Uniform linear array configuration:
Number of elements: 32
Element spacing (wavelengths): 0.75
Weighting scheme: binomial
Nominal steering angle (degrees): -45
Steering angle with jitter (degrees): -45.137
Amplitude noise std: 0.05
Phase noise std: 0.05

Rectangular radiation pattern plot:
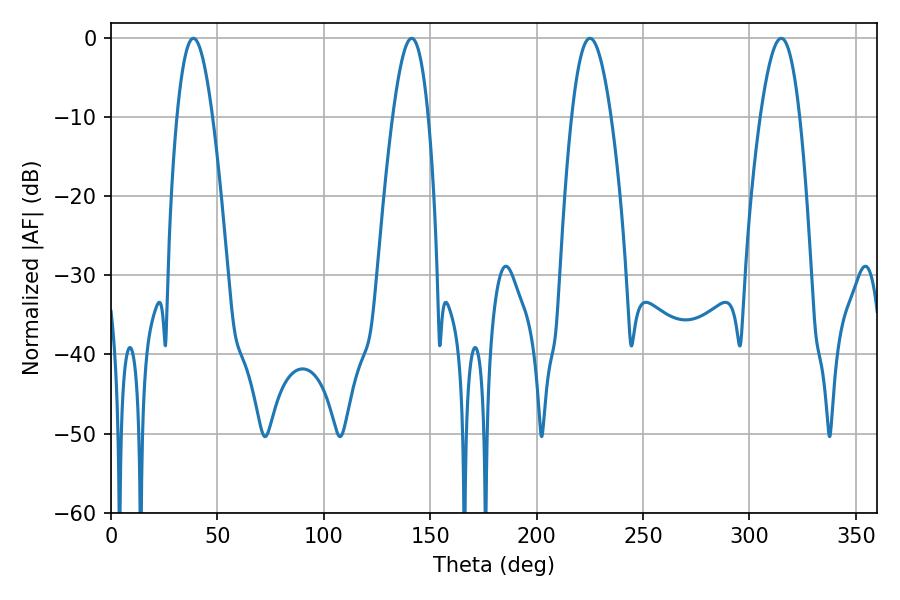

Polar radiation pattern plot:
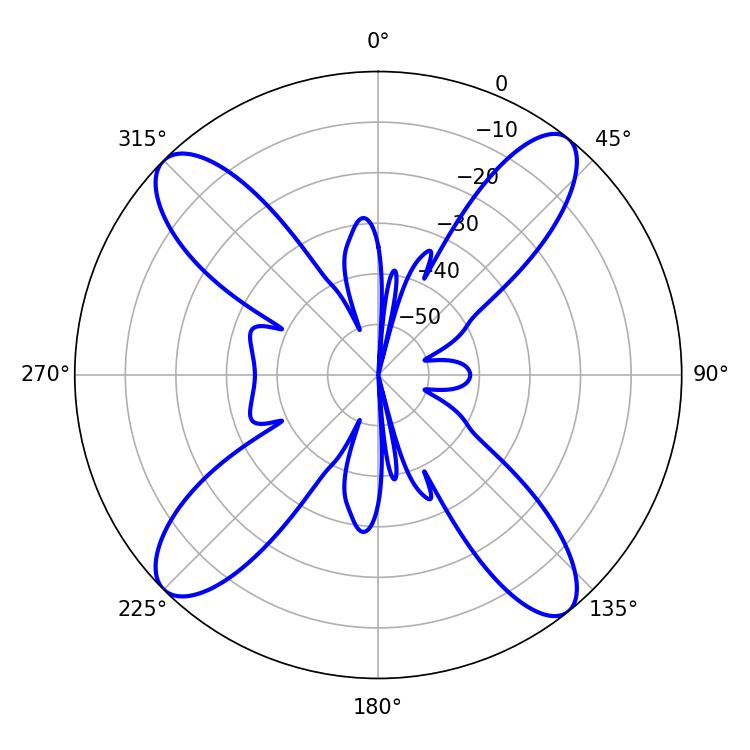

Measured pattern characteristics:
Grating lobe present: TRUE
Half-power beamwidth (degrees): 9
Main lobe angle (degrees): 38.7